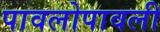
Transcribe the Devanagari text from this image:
पावलोपावली